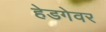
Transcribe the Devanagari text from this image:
हेडगेवर